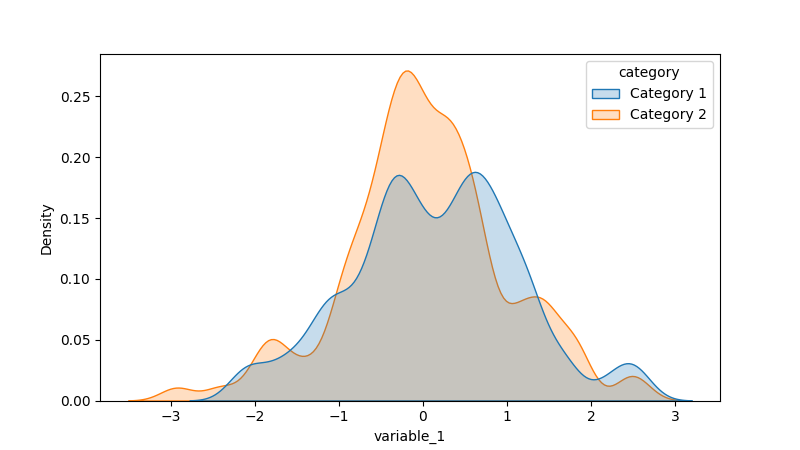
python, seaborn, kdeplot, hue='category', fill=True, bw_adjust=0.5